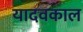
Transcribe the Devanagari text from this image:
यादवकाल